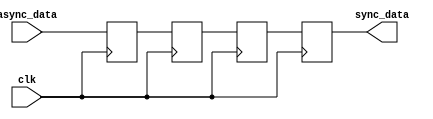
module triple_ff_synchronizer (
    input wire clk,       // Synchronous clock signal
    input wire async_data, // Asynchronous input signal
    output reg sync_data   // Synchronized output signal
);

    // Internal registers for the three flip-flops
    reg ff1, ff2, ff3;

    always @(posedge clk) begin
        ff1 <= async_data; // Capture the asynchronous input
        ff2 <= ff1;        // Capture the output of the first flip-flop
        ff3 <= ff2;        // Capture the output of the second flip-flop
    end

    // The synchronized output is the output of the third flip-flop
    always @(posedge clk) begin
        sync_data <= ff3;
    end

endmodule